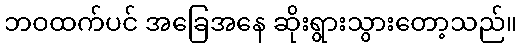
ဘဝထက်ပင် အခြေအနေ ဆိုးရွားသွားတော့သည်။